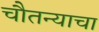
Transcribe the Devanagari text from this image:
चौतन्याचा